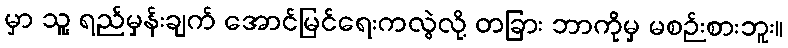
မှာ သူ့ ရည်မှန်းချက် အောင်မြင်ရေးကလွဲလို့ တခြား ဘာကိုမှ မစဉ်းစားဘူး။